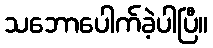
သဘောပေါက်ခဲ့ပါပြီ။